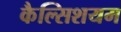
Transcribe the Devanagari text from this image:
कैल्सिशयम